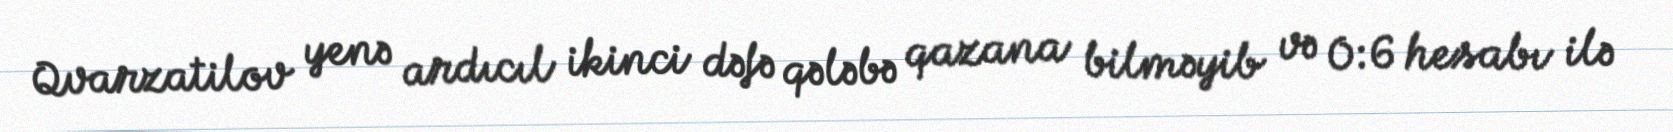
Qvarzatilov yenə ardıcıl ikinci dəfə qələbə qazana bilməyib və 0:6 hesabı ilə